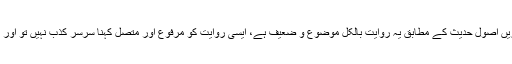
علاوہ ازیں اصول حدیث کے مطابق یہ روایت بالکل موضوع و ضعیف ہے، ایسی روایت کو مرفوع اور متصل کہنا سرسر کذب نہیں تو اور کیا ہے؟